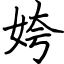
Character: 姱